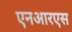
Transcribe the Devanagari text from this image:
एनआरएस